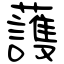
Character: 䕶